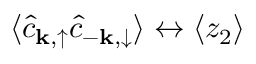
\langle \hat { c } _ { { \mathbf { k } } , \uparrow } \hat { c } _ { { - \mathbf { k } } , \downarrow } \rangle \leftrightarrow \langle z _ { 2 } \rangle